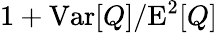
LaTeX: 1+\mathrm{Var}[Q]/\mathrm{E}^{2}[Q]